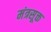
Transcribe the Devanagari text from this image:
मंत्रसूक्त